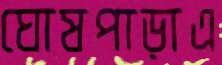
ঘোষপাড়াএ